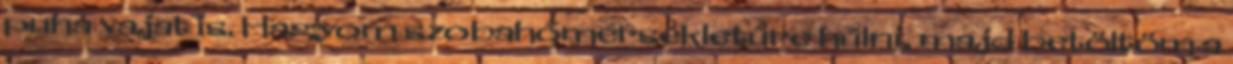
puha vajat is. Hagyom szobahőmérsékletűre hűlni, majd betöltöm a